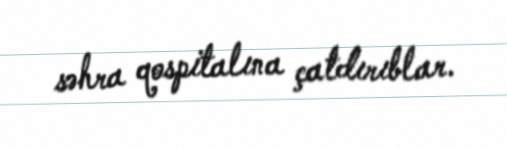
səhra qospitalına çatdırıblar.